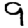
Digit: 9